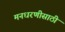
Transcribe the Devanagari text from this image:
मनधरणीसाठी